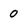
Character: 0